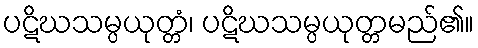
ပဋိဃသမ္ပယုတ္တံ၊ ပဋိဃသမ္ပယုတ္တမည်၏။